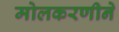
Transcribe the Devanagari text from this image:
मोलकरणीने